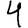
Digit: 4